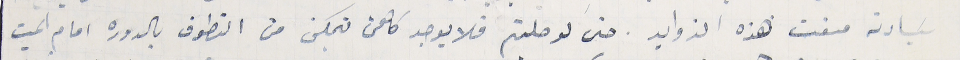
سَيادته منعت هذه الزوايد. حتى لو صليتم فلا يوجد كاهن يتمكن من التطوف بالدوره امام الميت